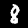
Digit: 8